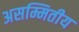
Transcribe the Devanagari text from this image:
असम्मितीय